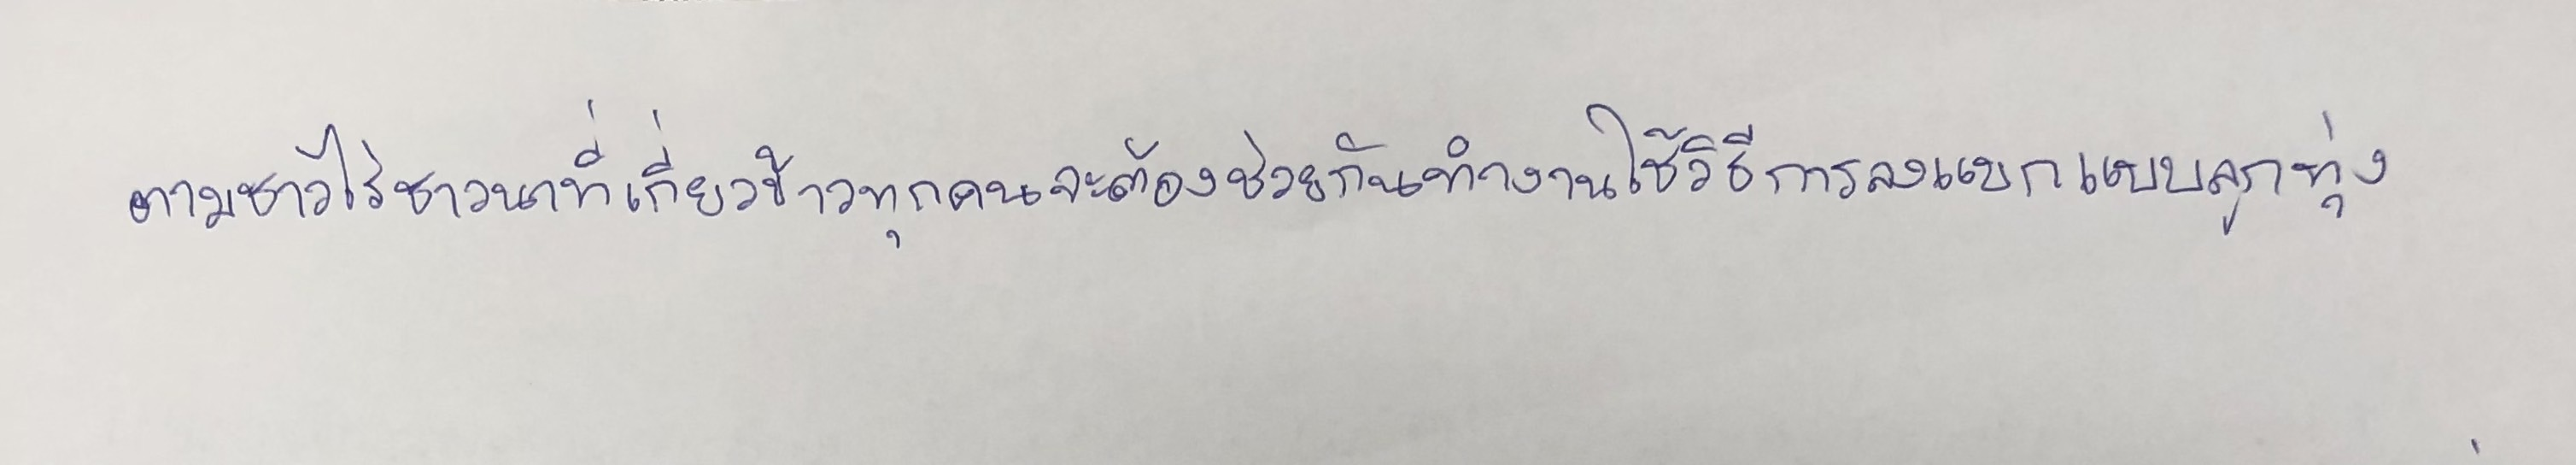
ตามชาวไร่ชาวนาที่เกี่ยวข้าวทุกคนจะต้องช่วยกันทำงานใช้วิธีการลงแขกแบบลูกทุ่ง